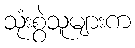
သုံးစွဲသူများက